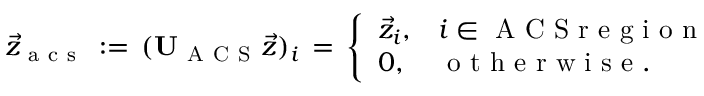
\vec { z } _ { \mathrm { ~ a ~ c ~ s ~ } } \, : = \, ( \mathbf { U } _ { \mathrm { ~ A ~ C ~ S ~ } } \vec { z } ) _ { i } \, = \, \left\{ \begin{array} { l l } { \vec { z } _ { i } , } & { i \in \mathrm { ~ A ~ C ~ S ~ r ~ e ~ g ~ i ~ o ~ n ~ } } \\ { 0 , } & { \mathrm { ~ o ~ t ~ h ~ e ~ r ~ w ~ i ~ s ~ e ~ } . } \end{array} \right.